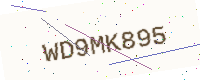
Text: WD9MK895